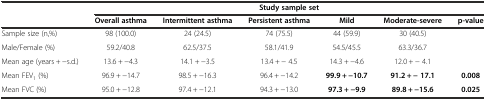
|  | <COLSPAN=6> Study sample set |
 |  | Overall asthma | Intermittent asthma | Persistent asthma | Mild | Moderate-severe | p-value |
 | --- | --- | --- | --- | --- | --- | --- |
 | Sample size (n,%) | 98 (100.0) | 24 (24.5) | 74 (75.5) | 44 (59.9) | 30 (40.5) |  |
 | Male/Female (%) | 59.2/40.8 | 62.5/37.5 | 58.1/41.9 | 54.5/45.5 | 63.3/36.7 |  |
 | Mean age (years + -s.d.) | 13.6 + -4.3 | 14.1 + -3.5 | 13.4 + - 4.5 | 14.3 + -4.6 | 12.0 + - 4.1 |  |
 | Mean FEV1 (%) | 96.9 + -14.7 | 98.5 + -16.3 | 96.4 + -14.2 | 99.9 + -10.7 | 91.2 + - 17.1 | 0.008 |
 | Mean FVC (%) | 95.0 + -12.8 | 97.4 + -12.1 | 94.3 + -13.0 | 97.3 + -9.9 | 89.8 + -15.6 | 0.025 |